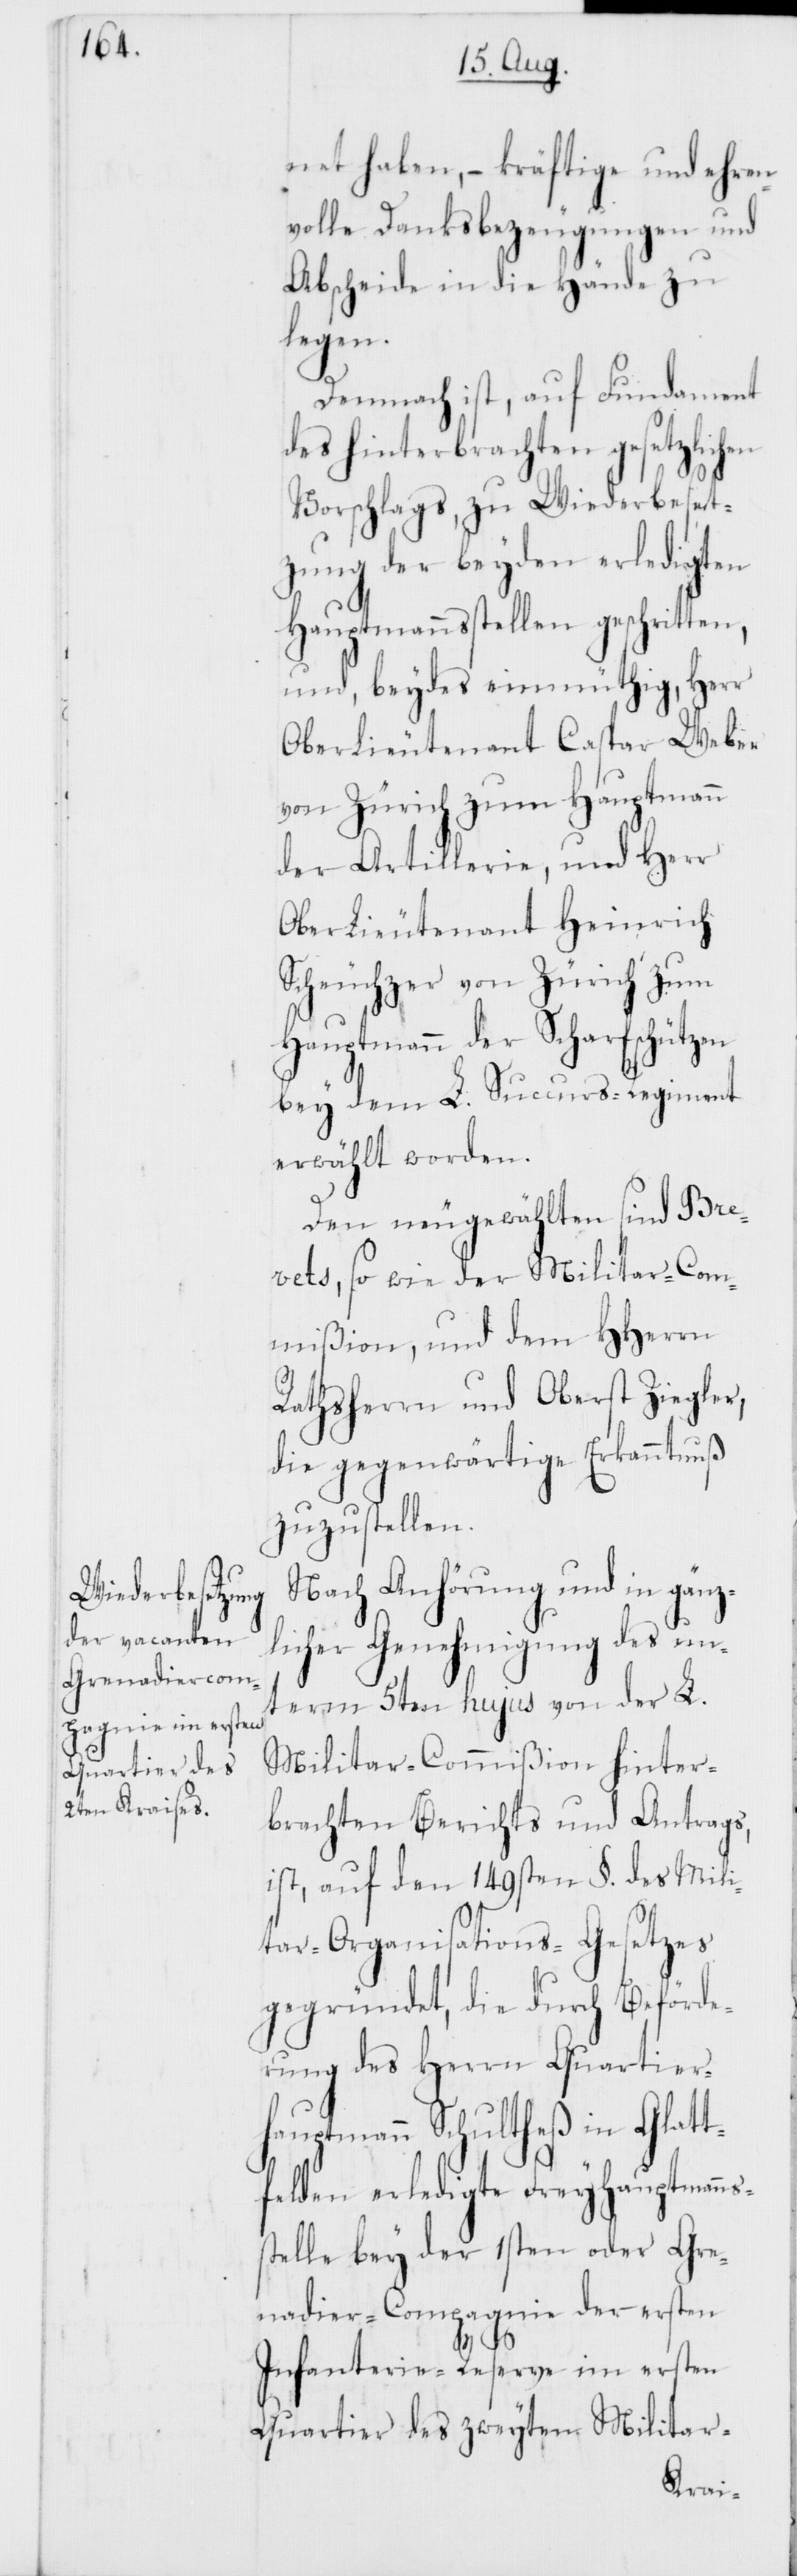
net haben, – kräftige und ehren¬
volle Danksbezeugungen und
Abscheide in die Hände zu
legen.
Demnach ist, auf Fundament
des hinterbrachten gesetzlichen
Vorschlags, zu Wiederbeset¬
zung der beyden erledigten
Hauptmannsstellen geschritten,
und, beydes einmüthig, Herr
Oberlieutenant Caspar Weber
von Zürich zum Hauptmann
der Artillerie, und Herr
OberLieutenant Heinrich
Scheuchzer von Zürich zum
Hauptmann der Scharfschützen
bey dem L. Succurs-Regiment
erwählt worden.
Den neu gewählten sind Bre¬
vets, so wie der Militar-Com¬
mißion, und dem HHerrn
Rathsherr und Oberst Ziegler,
die gegenwärtige Erkanntnuß
zuzustellen.
Nach Anhörung und in gänz¬
licher Genehmigung des un¬
term 5ten hujus von der L.
Militar-Commißion hinter¬
brachten Berichts und Antrags,
ist auf den 149sten §. des Mili¬
tar-Organisations-Gesetzes
gegründet, die durch Beförde¬
rung des Herrn Quartier¬
hauptmann Schultheß in Glatt¬
felden erledigte Freyhauptmanns¬
stelle bey der 1sten oder Gre¬
nadier-Compagnie der ersten
Infanterie-Reserve im ersten
Quartier des zweyten Militar-